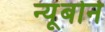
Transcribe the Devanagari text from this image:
न्यूबोर्न